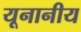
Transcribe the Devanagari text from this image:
यूनानीय